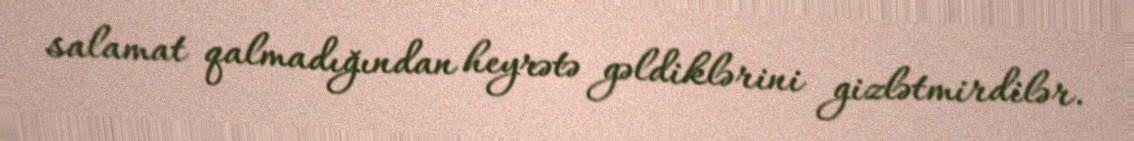
salamat qalmadığından heyrətə gəldiklərini gizlətmirdilər.